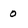
Character: 0